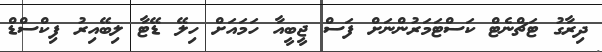
ދިރާގު ޓަޗްނެޓް ކަސްޓަމަރުންނަށް ފަސް ޖީބީއާ ހަމައަށް ހިލޭ ޑޭޓާ ލިބޭއިރު ފިކްސްޑް